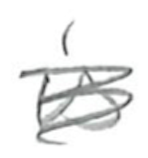
Text: is
Cross-out: scratch
Writing tool: pencil